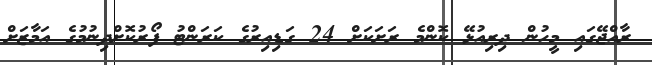
ރާއްޖޭގައި މީހުން ދިރިއުޅޭ ކޮންމެ ރަށަކަށް 24 ގަޑިއިރުގެ ކަރަންޓު ފޯރުކޮށްދިނުމުގެ އަމާޒަށް